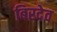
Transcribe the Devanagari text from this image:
बिरदेव